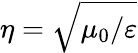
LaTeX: \eta=\sqrt{\mu_{0}/\varepsilon}